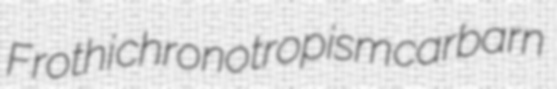
Frothi chronotropism carbarn